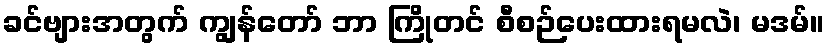
ခင်ဗျားအတွက် ကျွန်တော် ဘာ ကြိုတင် စီစဉ်ပေးထားရမလဲ၊ မဒမ်။